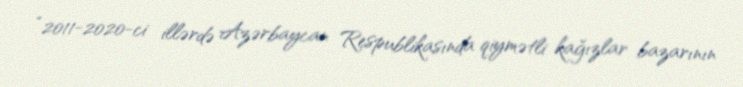
“2011-2020-ci illərdə Azərbaycan Respublikasında qiymətli kağızlar bazarının